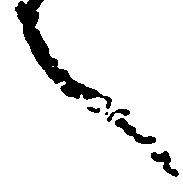
言